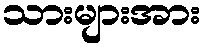
သားများအား